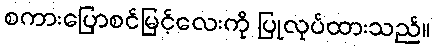
စကားပြောစင်မြင့်လေးကို ပြုလုပ်ထားသည်။